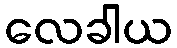
လေခါယ